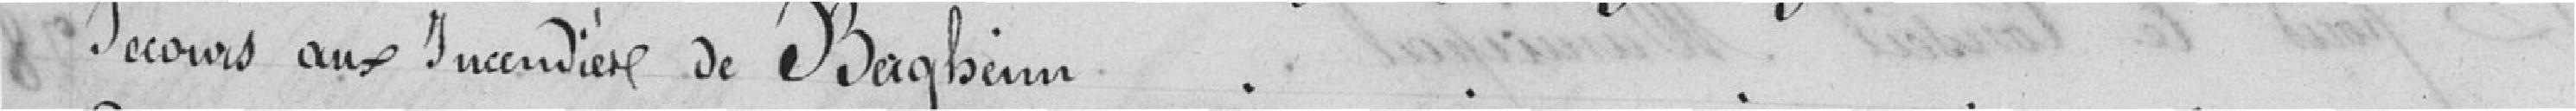
Secours aux Incendière de Bagheim.